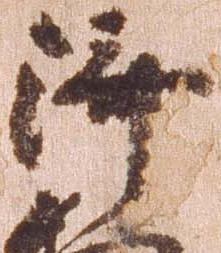
済